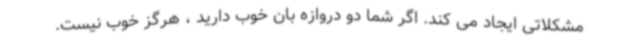
مشکلاتی ایجاد می کند. اگر شما دو دروازه بان خوب دارید ، هرگز خوب نیست.